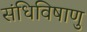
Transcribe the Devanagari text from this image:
संधिविषाणु